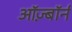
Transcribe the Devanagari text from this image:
ऑज़्बॉर्न